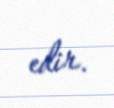
edir.